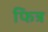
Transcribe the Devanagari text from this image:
फित्र